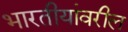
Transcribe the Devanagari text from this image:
भारतीयांवरील